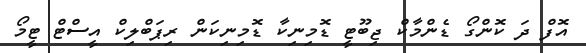
އޮފް ދަ ކޮންގޯ ޑެންމާކް ޖިބޫޓީ ޑޮމިނިކާ ޑޮމިނިކަން ރިޕަބްލިކް އީސްޓް ޓީމޯ